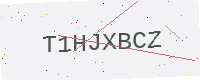
Text: T1HJXBCZ